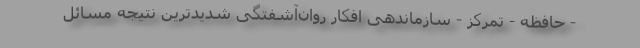
- حافظه - تمرکز - سازماندهی افکار روان‌آشفتگی شدیدترین نتیجه مسائل